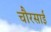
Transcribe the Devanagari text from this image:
चौरसाई